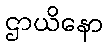
ဌာယိနော